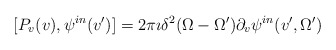
\begin{align*}[P_{v}(v),\psi^{in}(v')]= 2\pi\imath \delta^2{(\Omega-\Omega')}\partial_{v}\psi^{in}(v',\Omega')\end{align*}